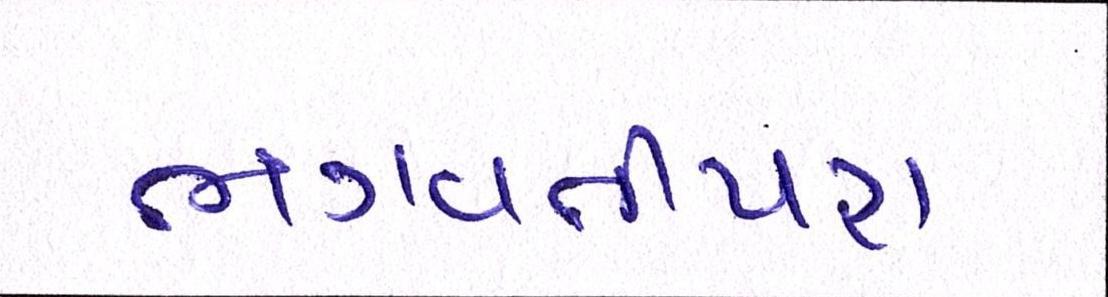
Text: ભગવતીપરા